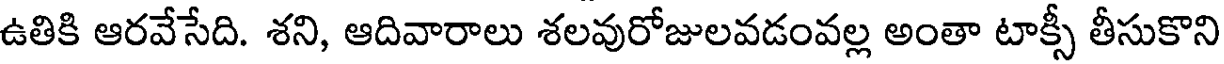
ఉతికి ఆరవేసేది. శని, ఆదివారాలు శలవురోజులవడంవల్ల అంతా టాక్సీ తీసుకొని